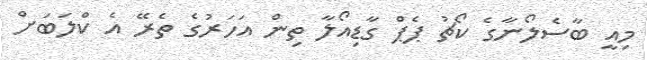
މިއީ ބާސެލޯނާގެ ކޯޗު ޕެޕް ގާޑިއޯލާ ތިން އަހަރުގެ ތެރޭ އެ ކްލަބަށް